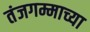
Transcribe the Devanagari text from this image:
तंजगम्माच्या